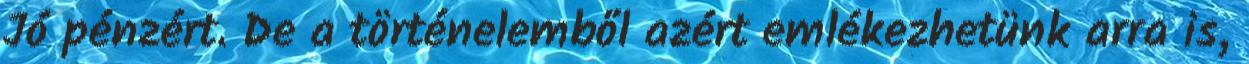
Jó pénzért. De a történelemből azért emlékezhetünk arra is,